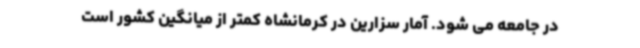
در جامعه می شود. آمار سزارین در کرمانشاه کمتر از میانگین کشور است